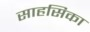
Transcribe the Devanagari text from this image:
साहसिका